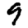
Digit: 9